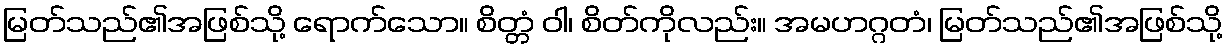
မြတ်သည်၏အဖြစ်သို့ ရောက်သော။ စိတ္တံ ဝါ၊ စိတ်ကိုလည်း။ အမဟဂ္ဂတံ၊ မြတ်သည်၏အဖြစ်သို့